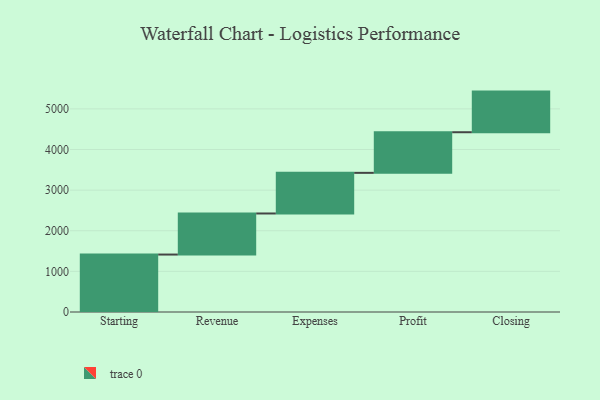
{"axis": {"x": "Step", "y": "Value"}, "legend": [""], "data": [{"x": "Starting", "y": 1414.0, "type": ""}, {"x": "Revenue", "y": 1011.0, "type": ""}, {"x": "Expenses", "y": 1000, "type": ""}, {"x": "Profit", "y": 1000, "type": ""}, {"x": "Closing", "y": 1000, "type": ""}]}